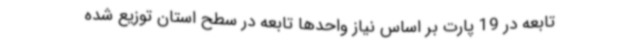
تابعه در 19 پارت بر اساس نیاز واحدها تابعه در سطح استان توزیع شده